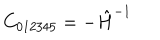
LaTeX: C _ { 0 1 2 3 4 5 } = - \hat { H } ^ { - 1 }